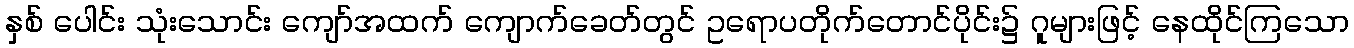
နှစ် ပေါင်း သုံးသောင်း ကျော်အထက် ကျောက်ခေတ်တွင် ဥရောပတိုက်တောင်ပိုင်း၌ ဂူများဖြင့် နေထိုင်ကြသော